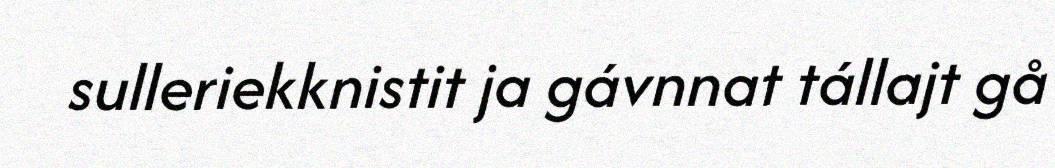
sulleriekknistit ja gávnnat tállajt gå